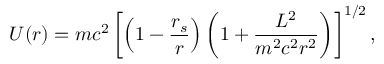
U ( r ) = m c ^ { 2 } \left[ \left( 1 - \frac { r _ { s } } { r } \right) \left( 1 + \frac { { \cal { L } } ^ { 2 } } { m ^ { 2 } c ^ { 2 } r ^ { 2 } } \right) \right] ^ { 1 / 2 } ,